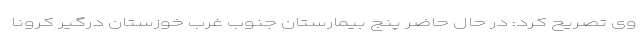
وی تصریح کرد: در حال حاضر پنج بیمارستان جنوب غرب خوزستان درگیر کرونا